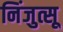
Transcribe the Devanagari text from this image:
निंजुत्सू